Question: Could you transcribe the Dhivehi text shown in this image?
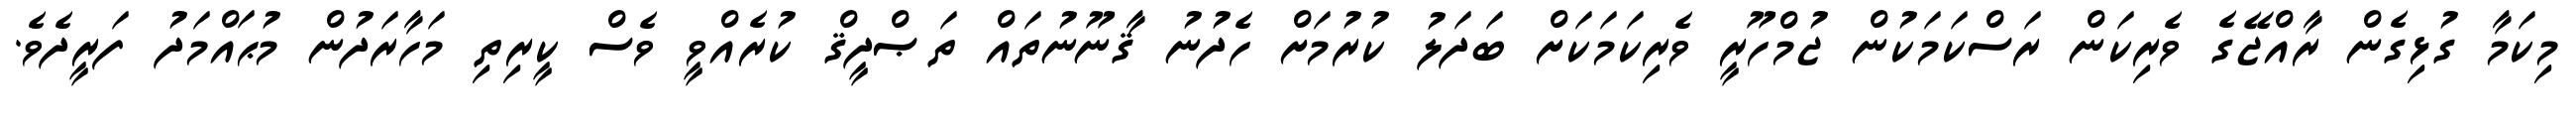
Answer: މިކަމާ ގުޅިގެން ރާއްޖޭގެ ވެރިކަން ރަސްކަމަކުން ޖުމްހޫރީ ވެރިކަމަކަށް ބަދަލު ކުރުމަށް ހެދުނު ޤާނޫނުތައް ތަޞްދީޤް ކުރެއްވީ ވެސް ކީރިތި މަހާރަދުން މުޙައްމަދު ފަރީދެވެ.